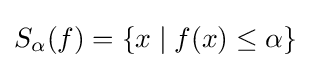
S_{\alpha }(f)=\{x\mid f(x)\leq \alpha \}